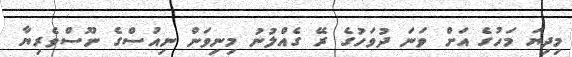
މިދިޔަ މަހުގެ އަށް ވަނަ ދުވަހުގެ ރޭ ގެއްލުނު މިނިވަން ނިއުސްގެ ނޫސްވެރިޔާ